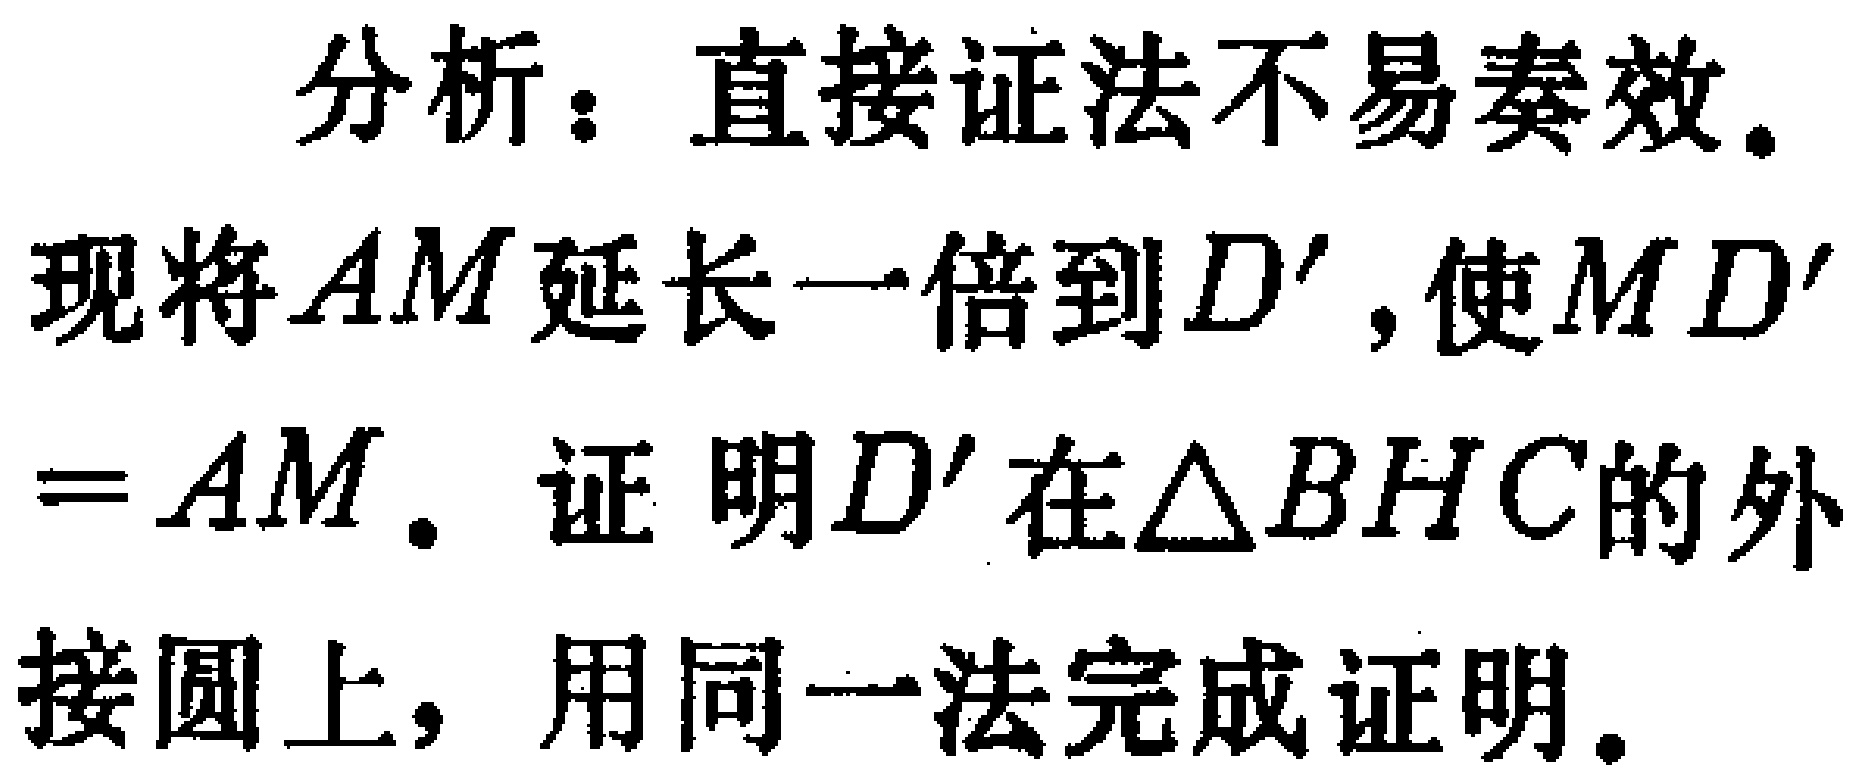
分析：直接证法不易奏效。

现将\(AM\)延长一倍到\(D'\)，使\(MD' = AM\)。证明\(D'\)在\(\triangle BHC\)的外接圆上，用同一法完成证明。